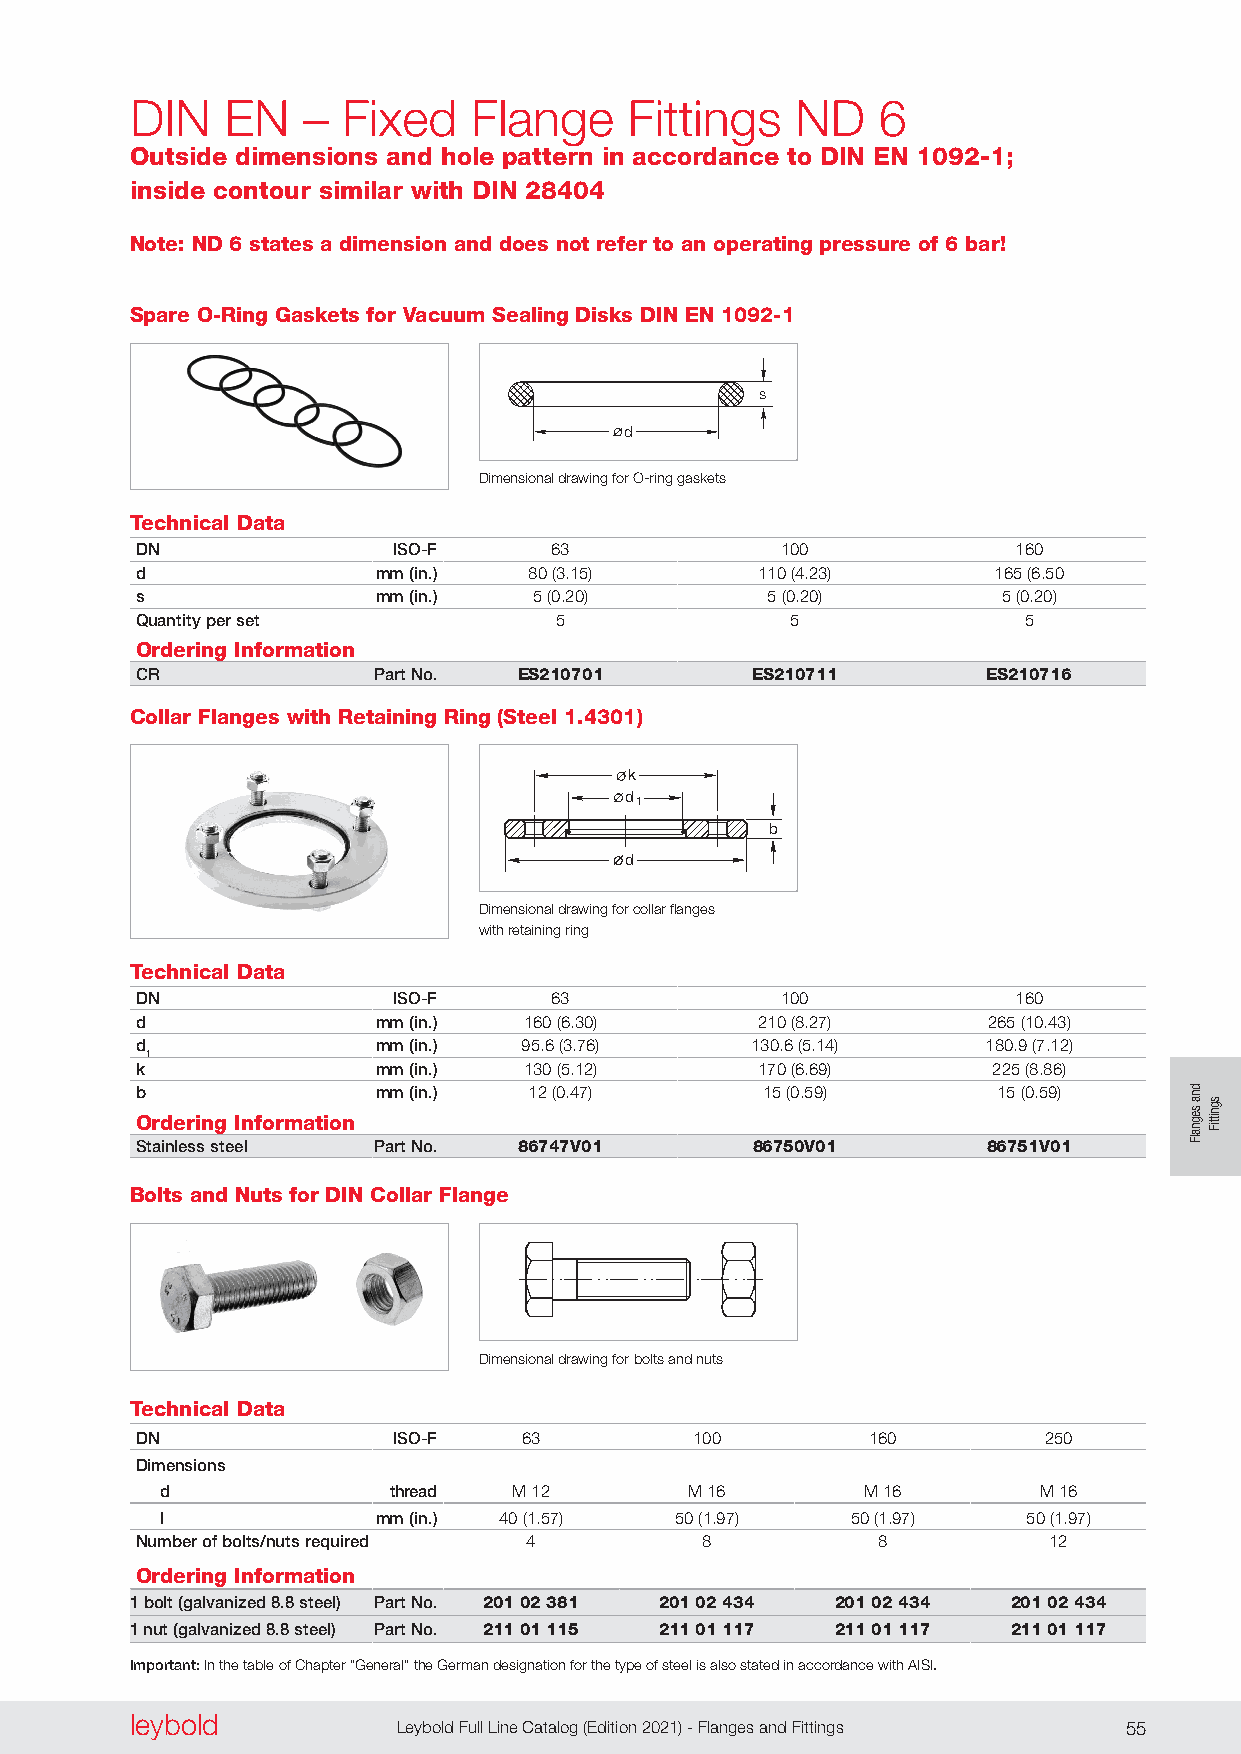
DIN   EN   –  Fixed   Flange     Fittings   ND   6
 Outside dimensions and hole pattern in accordance to DIN EN 1092-1;
 inside contour similar with DIN 28404
 Note: ND 6 states a dimension and does not refer to an operating pressure of 6 bar!
 Spare O-Ring Gaskets for Vacuum Sealing Disks DIN EN 1092-1
 s
 d
 Dimensional drawing for O-ring gaskets
 Technical Data
 DN               ISO-F     63              100            160
 d               mm (in.)  80 (3 .15)     110 (4 .23)     165 (6 .50
 s               mm (in.)  5 (0 .20)       5 (0 .20)      5 (0 .20)
 Quantity per set            5              5               5
 Ordering Information
 CR              Part No. ES210701        ES210711       ES210716
 Collar Flanges with Retaining Ring (Steel 1.4301)
 k
 d1
 b
 d
 Dimensional drawing for collar flanges
 with retaining ring
 Technical Data
 DN               ISO-F     63              100            160
 d               mm (in.)  160 (6 .30)    210 (8 .27)    265 (10 .43)
 d               mm (in.) 95 .6 (3 .76)   130 .6 (5 .14) 180 .9 (7 .12)
 1
 k               mm (in.)  130 (5 .12)    170 (6 .69)     225 (8 .86)
 b               mm (in.)  12 (0 .47)     15 (0 .59)      15 (0 .59)
 Ordering Information
 Stainless steel Part No. 86747V01        86750V01       86751V01
 Bolts and Nuts for DIN Collar Flange
 Dimensional drawing for bolts and nuts
 Technical Data
 DN               ISO-F    63         100        160         250
 Dimensions
 d              thread  M 12        M 16       M 16        M 16
 l             mm (in.) 40 (1 .57) 50 (1 .97) 50 (1 .97)  50 (1 .97)
 Number of bolts/nuts required 4      8           8          12
 Ordering Information
 1 bolt (galvanized 8.8 steel) Part No. 201 02 381 201 02 434 201 02 434 201 02 434
 1 nut (galvanized 8.8 steel) Part No. 211 01 115 211 01 117 211 01 117 211 01 117
 Important: In the table of Chapter “General” the German designation for the type of steel is also stated in accordance with AISI.
 leybold  leybold
 54 Leybold Full Line Catalog (Edition 2021) - Flanges and Fittings Leybold Full Line Catalog (Edition 2021) - Flanges and Fittings 55
 dna
 segnalF
 sgnittiF